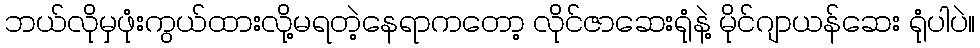
ဘယ်လိုမှဖုံးကွယ်ထားလို့မရတဲ့နေရာကတော့ လိုင်ဇာဆေးရုံနဲ့ မိုင်ဂျာယန်ဆေး ရုံပါပဲ။